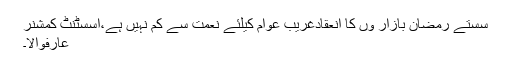
سستے رمضان بازار وں کا انعقادغریب عوام کیلئے نعمت سے کم نہیں ہے،اسسٹنٹ کمشنر
عارفوالا۔